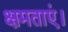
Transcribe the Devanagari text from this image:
क्षमताएं।